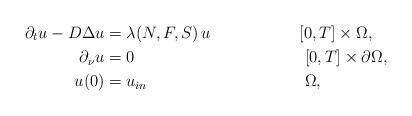
LaTeX: \begin{align*}\partial_t u -D\Delta u &= \lambda(N,F,S)\, u && [0,T]\times\Omega,\\\partial_\nu u &= 0 &&\ [0,T]\times\partial\Omega,\\u(0) &= {u_{in}}&&\ \Omega,\end{align*}